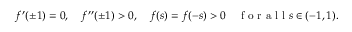
f ^ { \prime } ( \pm 1 ) = 0 , \quad f ^ { \prime \prime } ( \pm 1 ) > 0 , \quad f ( s ) = f ( - s ) > 0 \quad \mathrm { ~ f ~ o ~ r ~ a ~ l ~ l ~ } s \in ( - 1 , 1 ) .